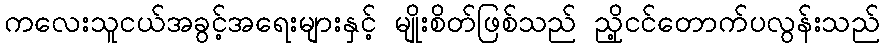
ကလေးသူငယ်အခွင့်အရေးများနှင့် မျိုးစိတ်ဖြစ်သည် ညို့ငင်တောက်ပလွန်းသည်